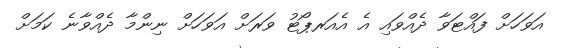
އަވަހަށް ފައްޓަވާ ދެއްވައި އެ އެއަރޕޯޓު ވަރަށް އަވަހަށް ނިންމާ ދެއްވާނެ ކަމަށް